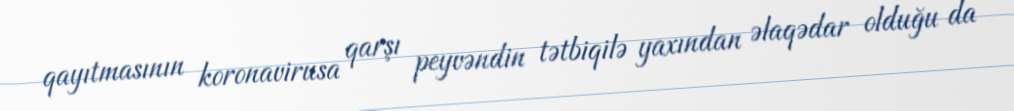
qayıtmasının koronavirusa qarşı peyvəndin tətbiqilə yaxından əlaqədar olduğu da